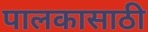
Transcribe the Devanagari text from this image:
पालकासाठी